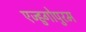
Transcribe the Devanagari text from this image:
एज्हुगोपुरम